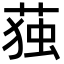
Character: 𮏺